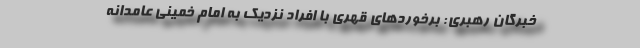
خبرگان رهبری: برخورد‌های قهری با افراد نزدیک به امام خمینی عامدانه